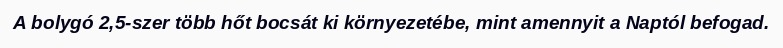
A bolygó 2,5-szer több hőt bocsát ki környezetébe, mint amennyit a Naptól befogad.